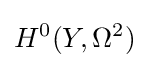
H^{0}(Y,\Omega ^{2})